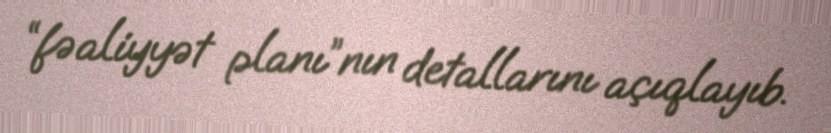
“fəaliyyət planı”nın detallarını açıqlayıb.